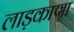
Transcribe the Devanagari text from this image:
लाड़काणा